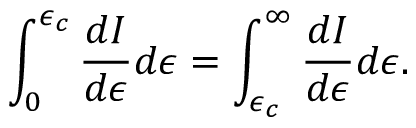
\int _ { 0 } ^ { \epsilon _ { c } } \frac { d I } { d \epsilon } d \epsilon = \int _ { \epsilon _ { c } } ^ { \infty } \frac { d I } { d \epsilon } d \epsilon .